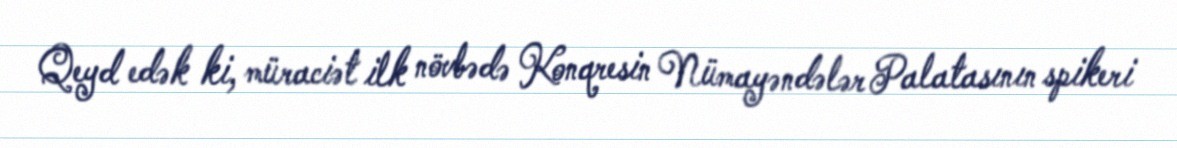
Qeyd edək ki, müraciət ilk növbədə Konqresin Nümayəndələr Palatasının spikeri